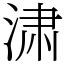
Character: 㴋